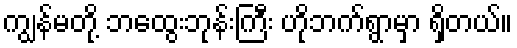
ကျွန်မတို့ ဘထွေးဘုန်းကြီး ဟိုဘက်ရွာမှာ ရှိတယ်။